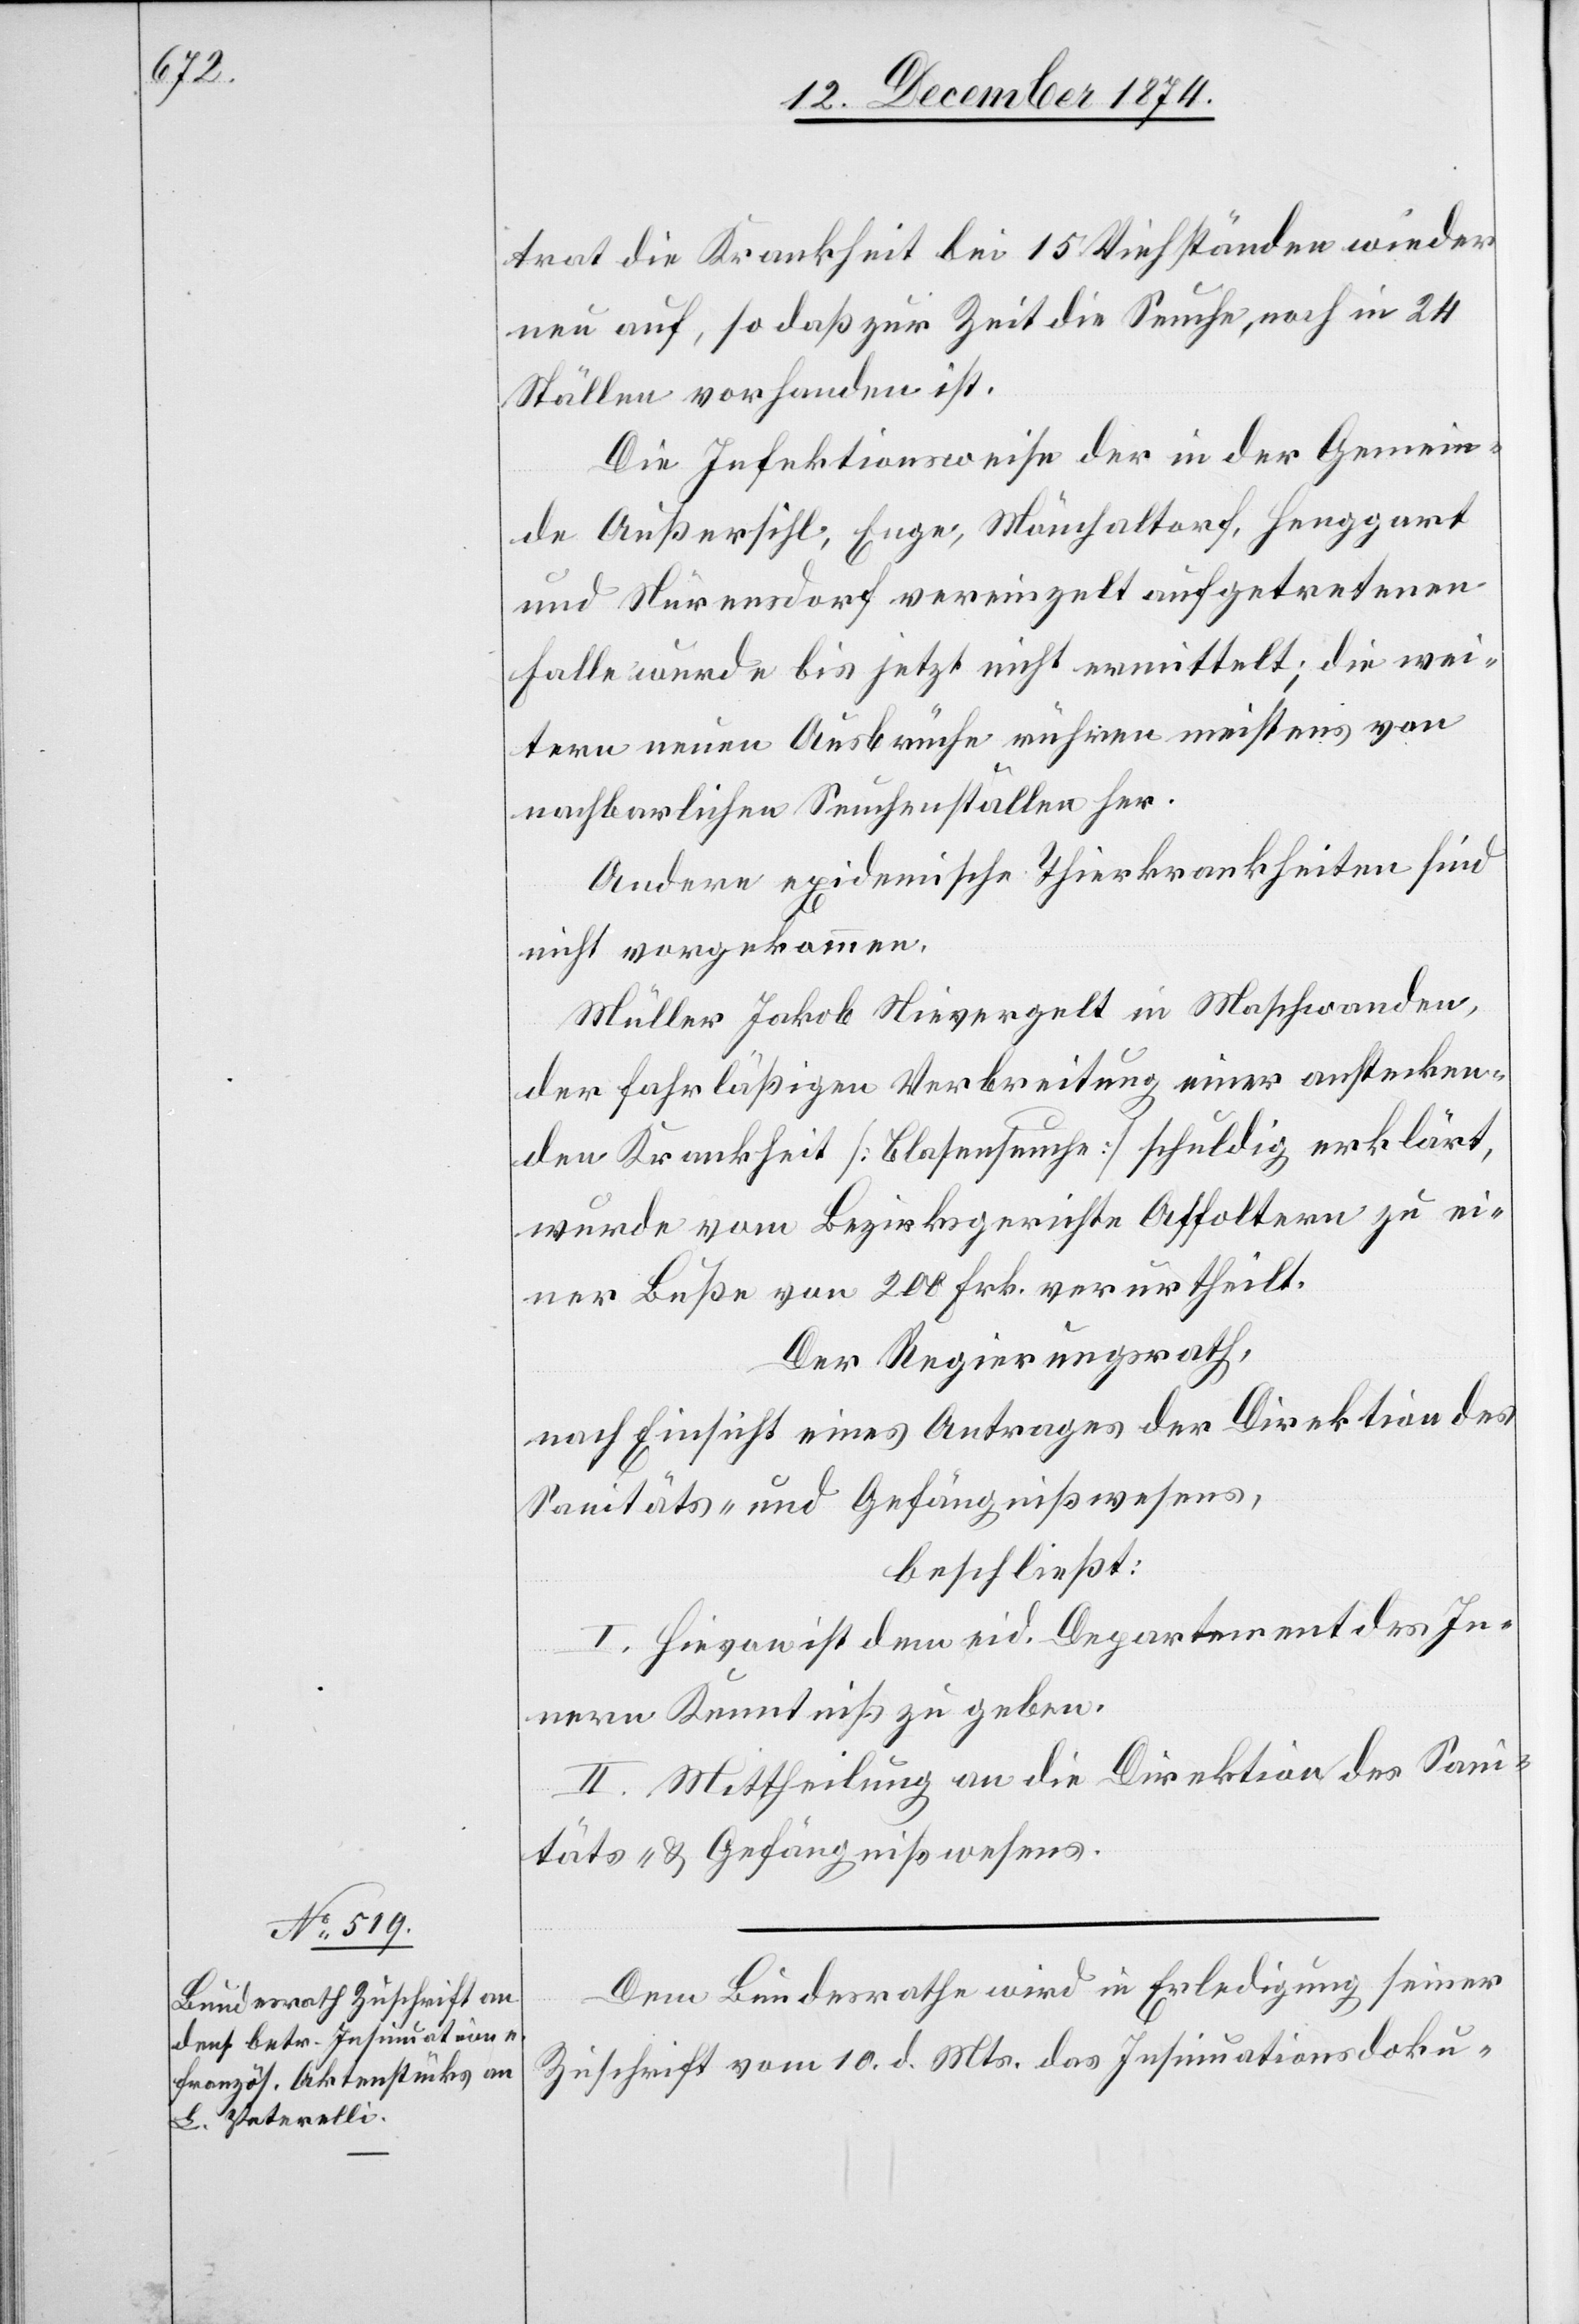
wei¬

15. Dezember 1874.]
trat die Krankheit bei 15 Viehständen wieder
neu auf, so daß zur Zeit die Seuche, noch in 24
Ställen vorhanden ist.
Die Infektionsweise der in der Gemeinde
Außersihl, Enge, Mönchaltorf, Henggart
und Nürensdorf vereinzelt aufgetretenen
tern neuen Ausbrüche rühren meistens von
nachbarlichen Seuchenställen her.
Andere epidemische Thierkrankheiten sind
nicht vorgekommen.
Müller Jakob Nievergelt in Maschwanden,
der fahrläßigen Verbreitung einer anstecken¬
den Krankheit [Blasenseuche] schuldig erklärt,
wurde vom Bezirksgerichte Affoltern zu ei¬
ner Buße von 200 Frk. verurtheilt.
Der Regierungsrath,
nach Einsicht eines Antrages der Direktion des
Sanitäts- und Gefängnißwesens,
beschließt:
I. Hievon ist dem eid. Departement des In¬
nern Kenntniß zu geben.
II. Mittheilung an die Direktion des Sani¬
täts- & Gefängnißwesens.
Dem Bundesrathe wird in Erledigung seiner
Zuschrift vom 10. d. Mts. das Insinuationsdoku-